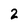
Character: 2